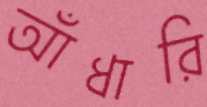
আঁধারি